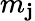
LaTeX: m_{\mathbf{j}}